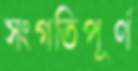
সংগতিপূর্ণ